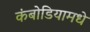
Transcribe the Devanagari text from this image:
कंबोडियामधे